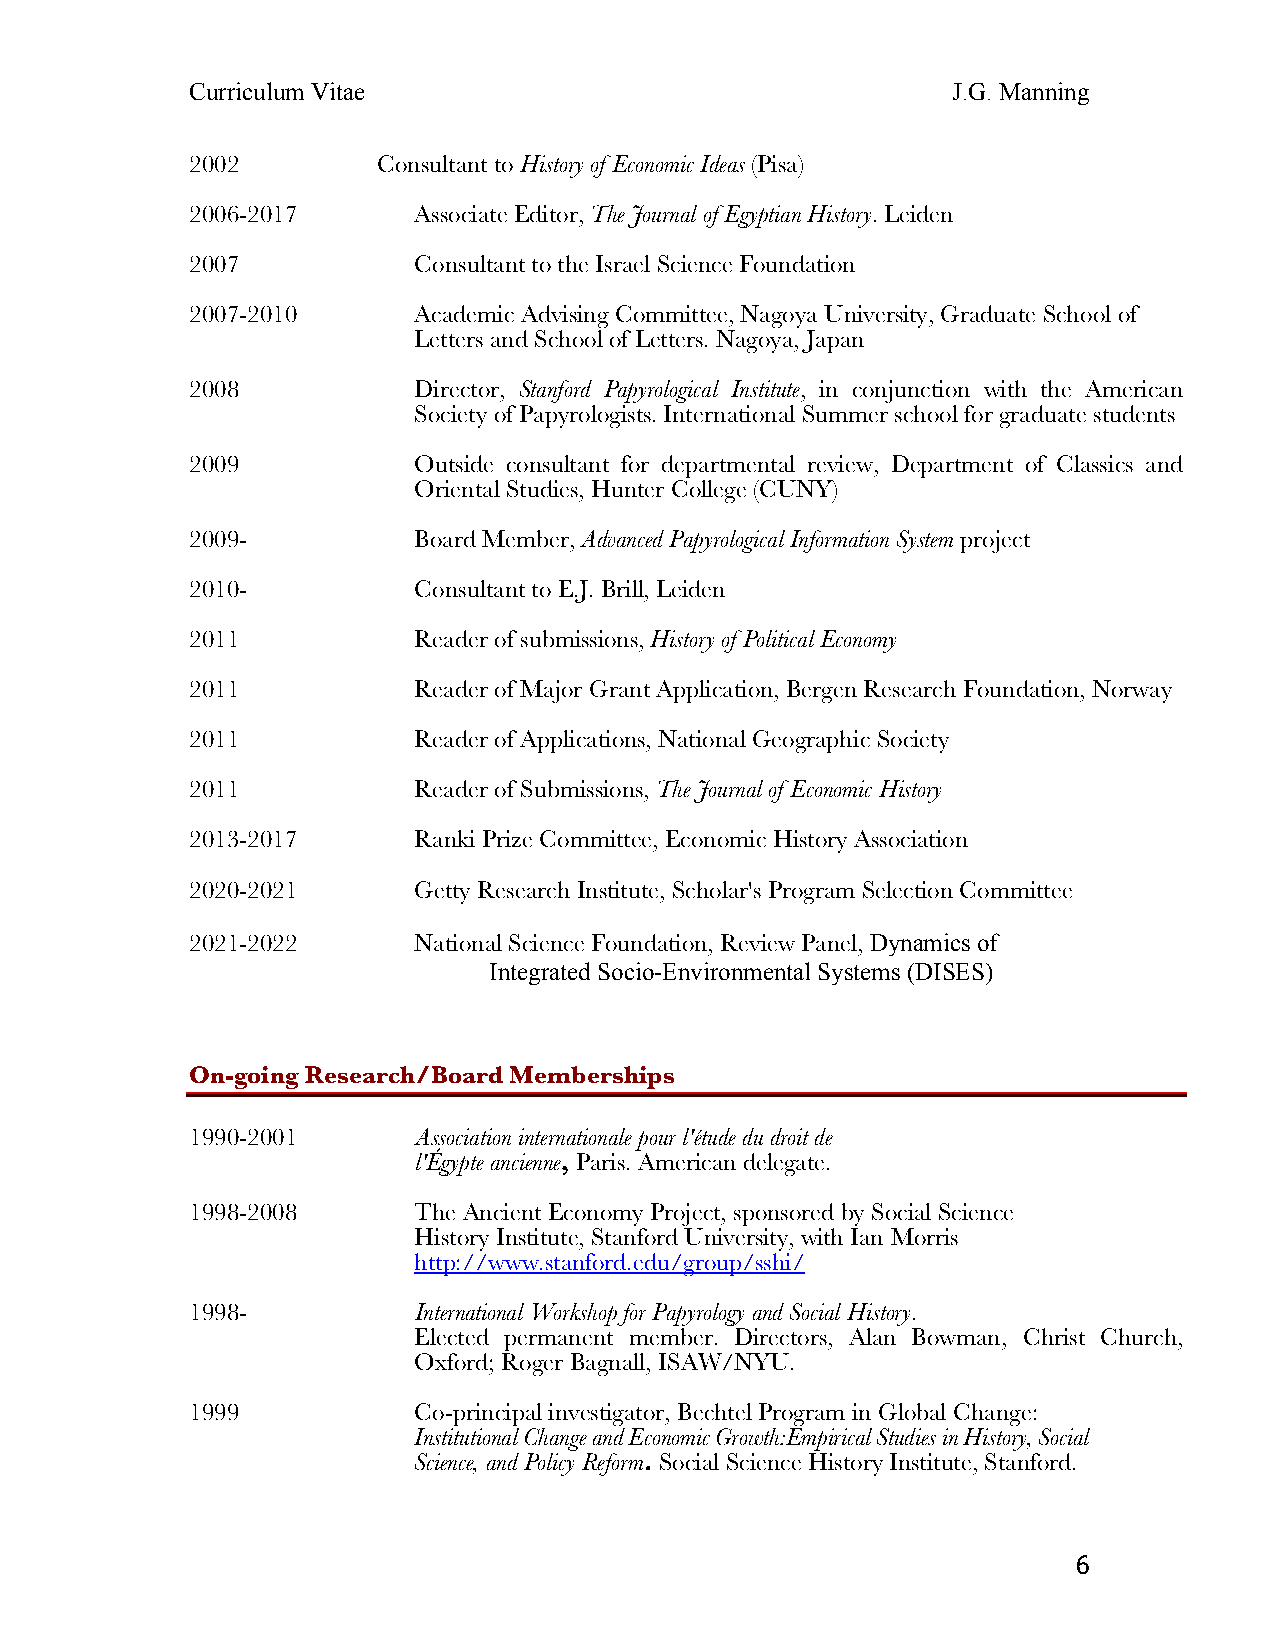
Curriculum Vitae                                  J.G. Manning
 2002        Consultant to History of Economic Ideas (Pisa)
 2006-2017     Associate Editor, The Journal of Egyptian History. Leiden
 2007          Consultant to the Israel Science Foundation
 2007-2010     Academic Advising Committee, Nagoya University, Graduate School of
 Letters and School of Letters. Nagoya, Japan
 2008          Director, Stanford Papyrological Institute, in conjunction with the American
 Society of Papyrologists. International Summer school for graduate students
 2009          Outside consultant for departmental review, Department of Classics and
 Oriental Studies, Hunter College (CUNY)
 2009-         Board Member, Advanced Papyrological Information System project
 2010-         Consultant to E.J. Brill, Leiden
 2011          Reader of submissions, History of Political Economy
 2011          Reader of Major Grant Application, Bergen Research Foundation, Norway
 2011          Reader of Applications, National Geographic Society
 2011          Reader of Submissions, The Journal of Economic History
 2013-2017     Ranki Prize Committee, Economic History Association
 2020-2021     Getty Research Institute, Scholar's Program Selection Committee
 2021-2022     National Science Foundation, Review Panel, Dynamics of
 Integrated Socio-Environmental Systems (DISES)
 On-going Research/Board Memberships
 1990-2001      Association internationale pour l'étude du droit de
 l'Égypte ancienne, Paris. American delegate.
 1998-2008     The Ancient Economy Project, sponsored by Social Science
 History Institute, Stanford University, with Ian Morris
 http://www.stanford.edu/group/sshi/
 1998-         International Workshop for Papyrology and Social History.
 Elected permanent member. Directors, Alan Bowman, Christ Church,
 Oxford; Roger Bagnall, ISAW/NYU.
 1999          Co-principal investigator, Bechtel Program in Global Change:
 Institutional Change and Economic Growth:Empirical Studies in History, Social
 Science, and Policy Reform. Social Science History Institute, Stanford.
 6